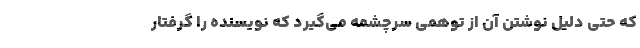
که حتی دلیل نوشتن آن از توهمی سرچشمه می‌گیرد که نویسنده را گرفتار